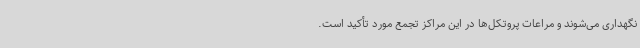
نگهداری می‌شوند و مراعات پروتکل‌ها در این مراکز تجمع مورد تأکید است.